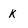
Character: K